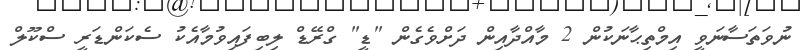
ނުވަތަސާނަވީ އިމްތިޙާނަކުން 2 މާއްދާއިން ދަށްވެގެން "ޑީ" ގްރޭޑް ލިބިފައިވުމާއެކު ސެކަންޑަރީ ސްކޫލް